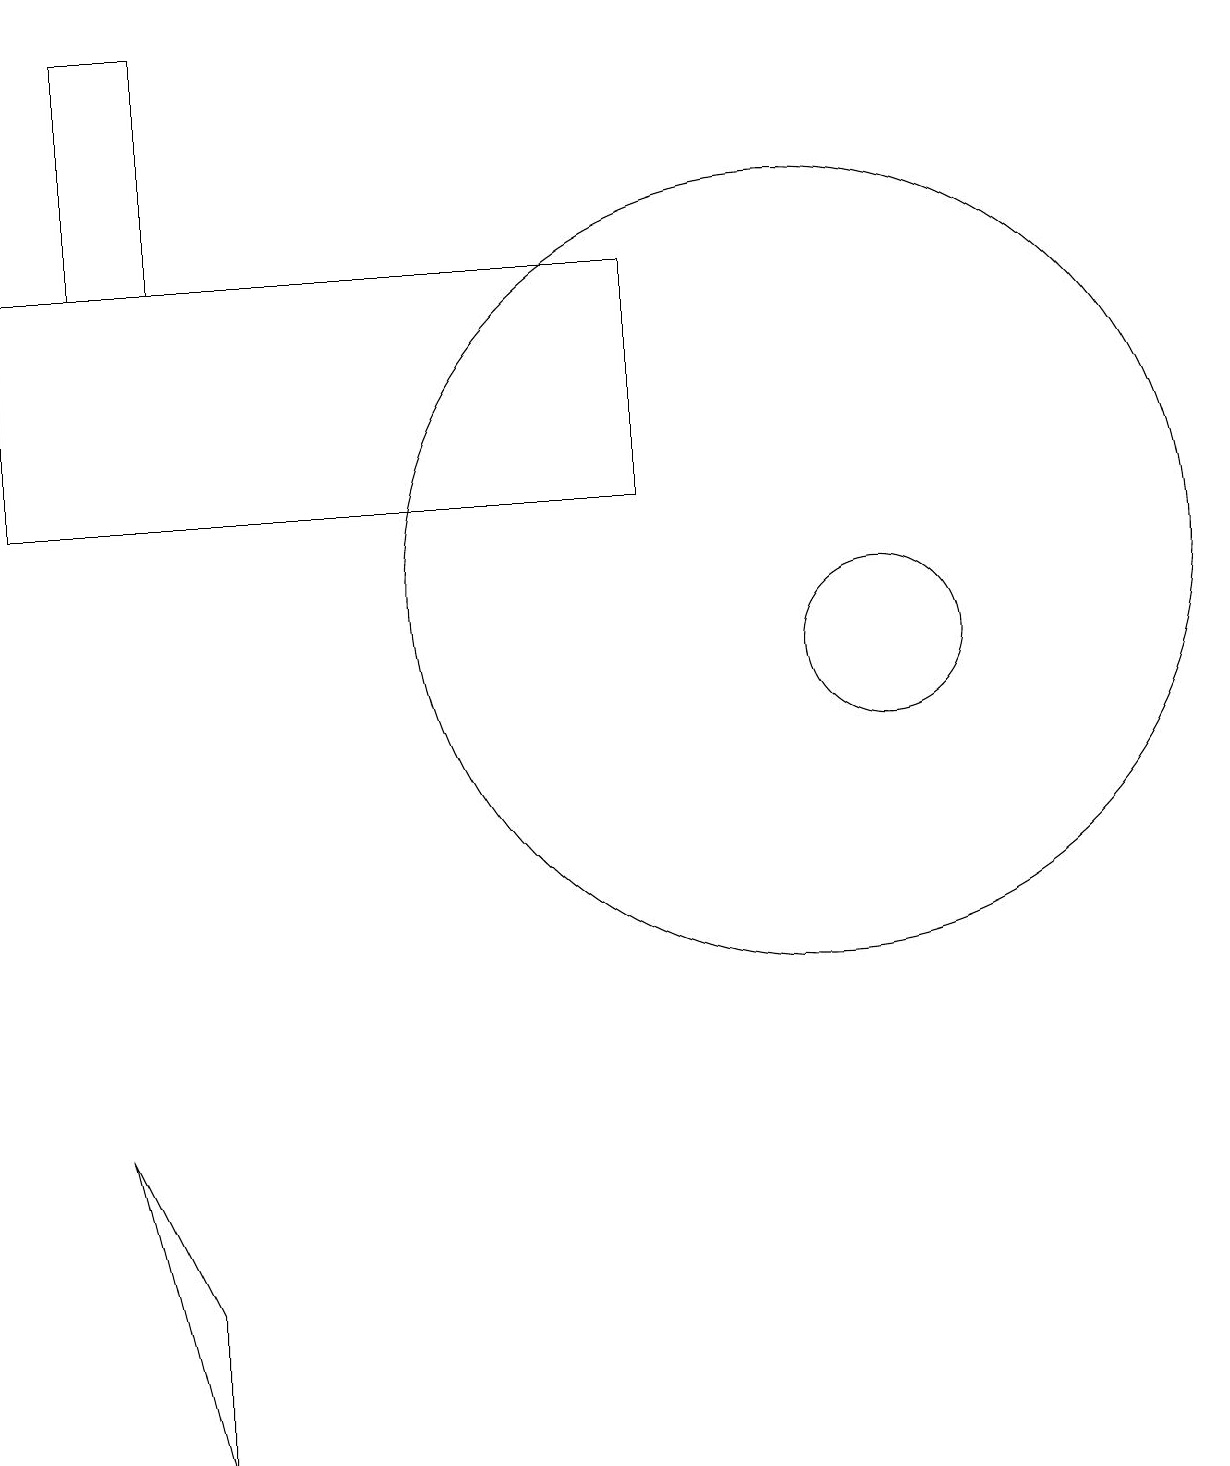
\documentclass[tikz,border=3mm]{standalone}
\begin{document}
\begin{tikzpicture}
\draw (1,5) -- (2,3) -- (2,1) -- cycle;
\draw (8,16) rectangle (0,13);
\draw (10,12) circle (5);
\draw (1,19) rectangle (2,16);
\draw (11,11) circle (1);
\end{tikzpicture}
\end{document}